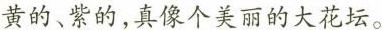
黄的、紫的，真像个美丽的大花坛。